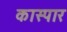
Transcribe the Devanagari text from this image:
कास्पार